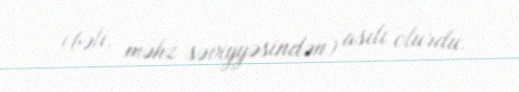
(bəli, məhz səviyyəsindən) asılı olurdu.